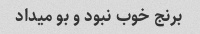
برنج خوب نبود و بو میداد